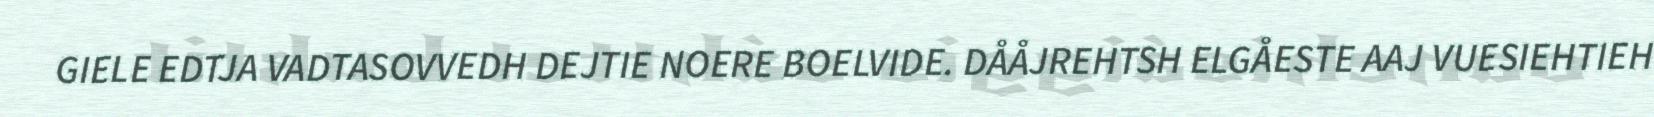
GIELE EDTJA VADTASOVVEDH DEJTIE NOERE BOELVIDE. DÅÅJREHTSH ELGÅESTE AAJ VUESIEHTIEH